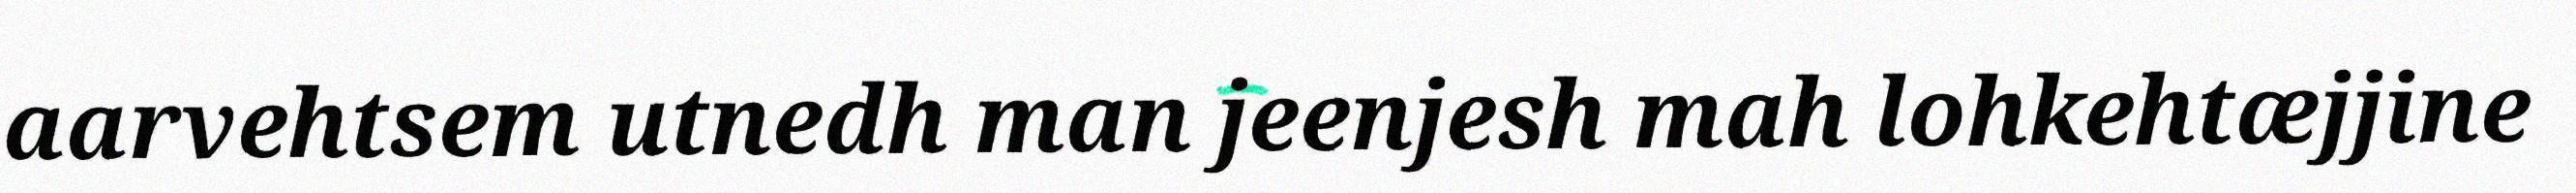
aarvehtsem utnedh man jeenjesh mah lohkehtæjjine